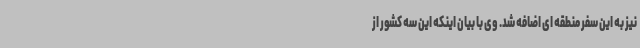
نیز به این سفر منطقه ای اضافه شد. وی با بیان اینکه این سه کشور از